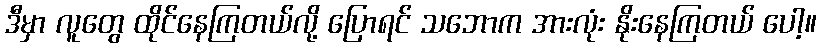
ဒီမှာ လူတွေ ထိုင်နေကြတယ်လို့ ပြောရင် သဘောက အားလုံး နိုးနေကြတယ် ပေါ့။